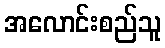
အလောင်းစည်သူ